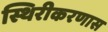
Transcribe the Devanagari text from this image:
स्थिरीकरणास